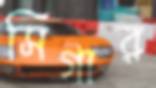
সিগার